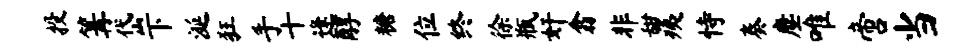
投篝岱下涎狂手十逢醇糖位终徐瓶奸翕非甜痍恃奏麈唯啻当